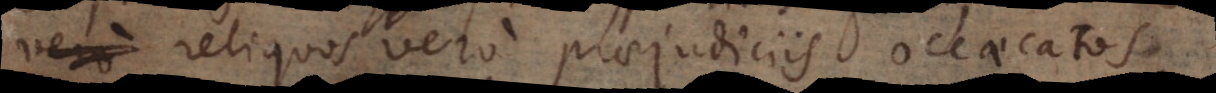
reliquos vero praejudiciis occaecatos